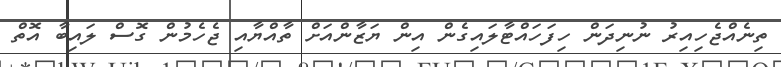
ތިނެއްޖެހިއިރު ނުނިދަން ހިފަހައްޓާލައިގެން އިން ޔަޒާންއަށް ތާއްޔާއި ޖެހެމުން ގޮސް ލައިބާ އޮތް